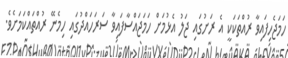
ހަމަޖެހިފައިވާ ރުއްތަކަކީ އެ ރަށުގައި ޖަލު އެޅުމަށް ހަމަޖައްސާފައިވާ ސަރަހައްދުގައި ހިމެނޭ ރުއްތައްކަމަށެވެ.